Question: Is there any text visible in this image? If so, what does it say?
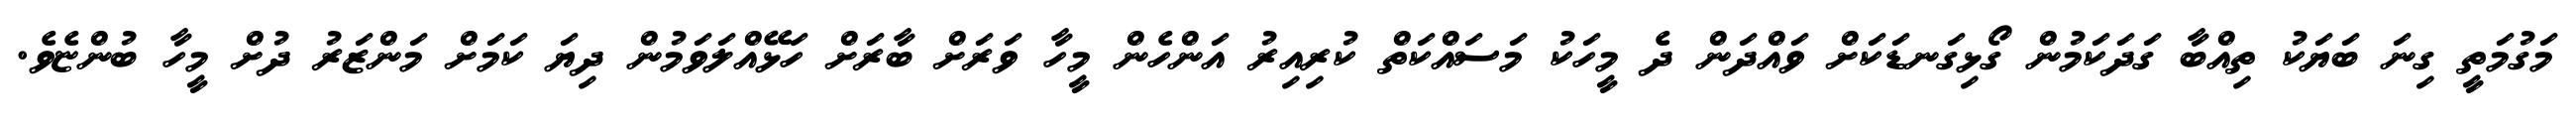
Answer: މަގުމަތީ ގިނަ ބަޔަކު ތިއްބާ ގަދަކަމުން ގޯޅިގަނޑަކަށް ވައްދަން ދެ މީހަކު މަސައްކަތް ކުރިއިރު އަންހެން މީހާ ވަރަށް ބާރަށް ހަޅޭއްލަވަމުން ދިޔަ ކަމަށް މަންޒަރު ދުށް މީހާ ބުންޏެވެ.